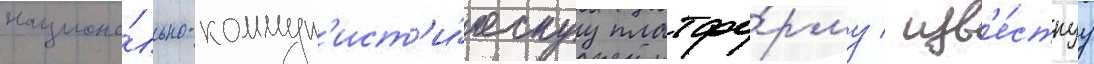
национа́льно-коммун'ист'и́ческуу платфо́рму / изв'е́стнуу